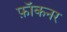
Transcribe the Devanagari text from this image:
फ़ॉकनर